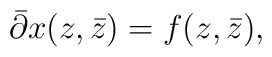
\bar{\partial}x(z,\bar{z})=f(z,\bar{z}),